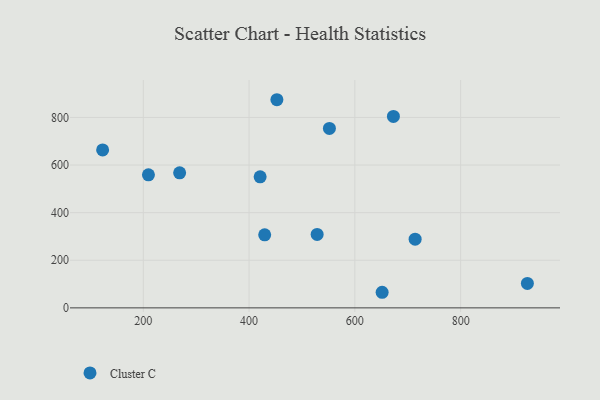
{"axis": {"x": "Speed", "y": "Yield"}, "legend": ["Cluster C"], "data": [{"x": "420.9", "y": 550.7, "type": "Cluster C"}, {"x": "268.7", "y": 567.3, "type": "Cluster C"}, {"x": "528.7", "y": 308.4, "type": "Cluster C"}, {"x": "551.9", "y": 754.0, "type": "Cluster C"}, {"x": "672.9", "y": 804.4, "type": "Cluster C"}, {"x": "123.1", "y": 663.6, "type": "Cluster C"}, {"x": "926.2", "y": 102.5, "type": "Cluster C"}, {"x": "429.5", "y": 306.7, "type": "Cluster C"}, {"x": "452.6", "y": 874.4, "type": "Cluster C"}, {"x": "209.7", "y": 559.0, "type": "Cluster C"}, {"x": "714.0", "y": 288.4, "type": "Cluster C"}, {"x": "651.6", "y": 65.5, "type": "Cluster C"}]}